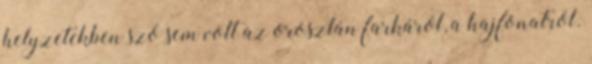
helyzetekben szó sem volt az oroszlán farkáról, a hajfonatról.